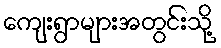
ကျေးရွာများအတွင်းသို့